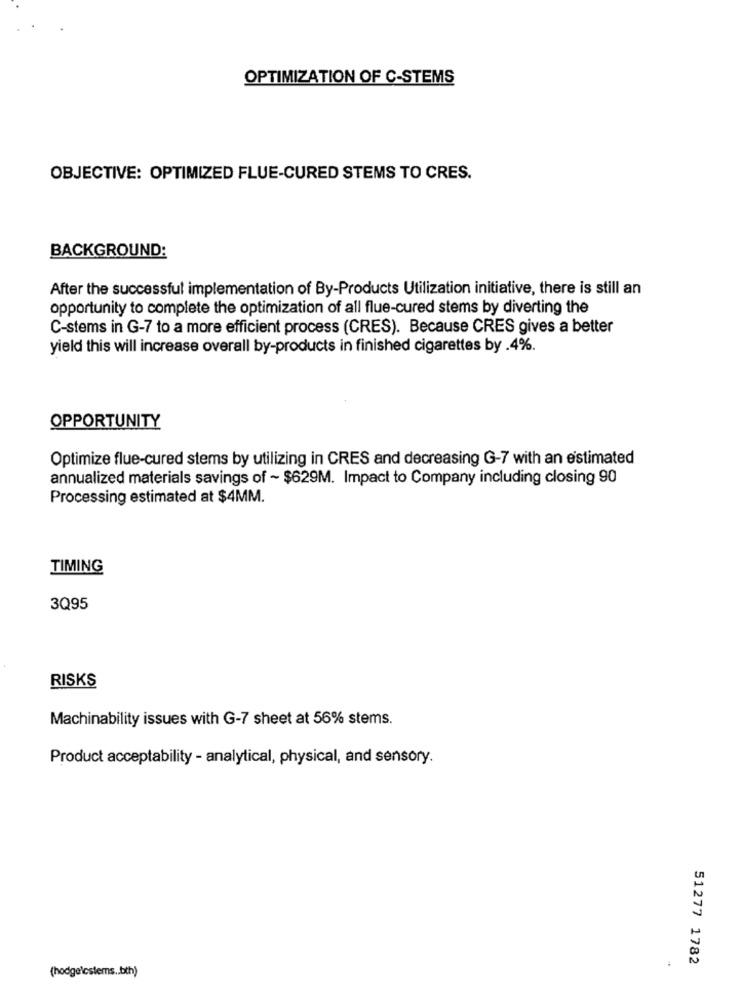
OPTIMIZATION OF C-STEMS
OBJECTIVE: OPTIMIZED FLUE-CURED STEMS TO CRES.
BACKGROUND:
After the successful implementation of By-Products Utilization initiative, there is still an
opportunity to complete the optimization of all flue-cured stems by diverting the
C-stems in G-7 to a more efficient process (CRES). Because CRES gives a better
yield this will increase overall by-products in finished cigarettes by .4%.
OPPORTUNITY
Optimize flue-cured stems by utilizing in CRES and decreasing G-7 with an estimated
annualized materials savings of ~ $629M. Impact to Company including closing 90
Processing estimated at $4MM.
TIMING
3Q95
RISKS
Machinability issues with G-7 sheet at 56% stems.
Product acceptability - analytical, physical, and sensory.
51277 1782
(hodgelcstems .. bth)